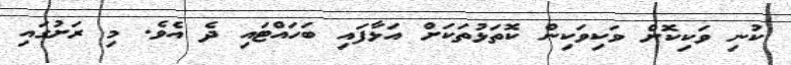
ކުނި ވަކިކޮށް ވަކިވަކިން ކޮތަޅުތަކަށް އަޅާފައި ބަހައްޓައި ދެ އެވެ. މި ރަށުގައި